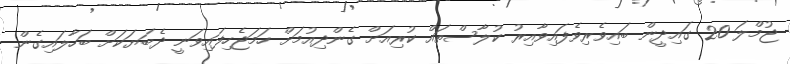
ޖުމްލަ 20 ގައިދީން ބައިވެރިވެފައިވާއިރު ކުލާސްތައް ކުރިއަށް ގެންދިއުމަށް ހަމަޖެހިފައިވަނީ ދެބަޔަކަށް ބަހާލައިގެން